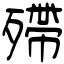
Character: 殢